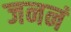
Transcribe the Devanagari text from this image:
जननं